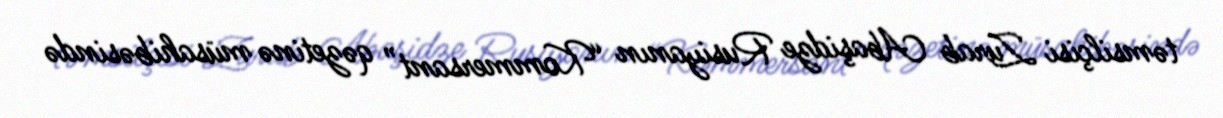
təmsilçisi Zurab Abaşidze Rusiyanın “Kommersant” qəzetinə müsahibəsində